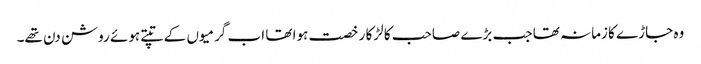
وہ جاڑے کا زمانہ تھا جب بڑے صاحب کا لڑکا رخصت ہوا تھا اب گرمیوں کے تپتے ہوئے روشن دن تھے۔